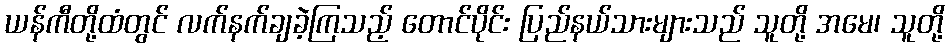
ယန်ကီတို့ထံတွင် လက်နက်ချခဲ့ကြသည့် တောင်ပိုင်း ပြည်နယ်သားများသည် သူတို့ အမေ၊ သူတို့